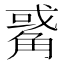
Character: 𧤅